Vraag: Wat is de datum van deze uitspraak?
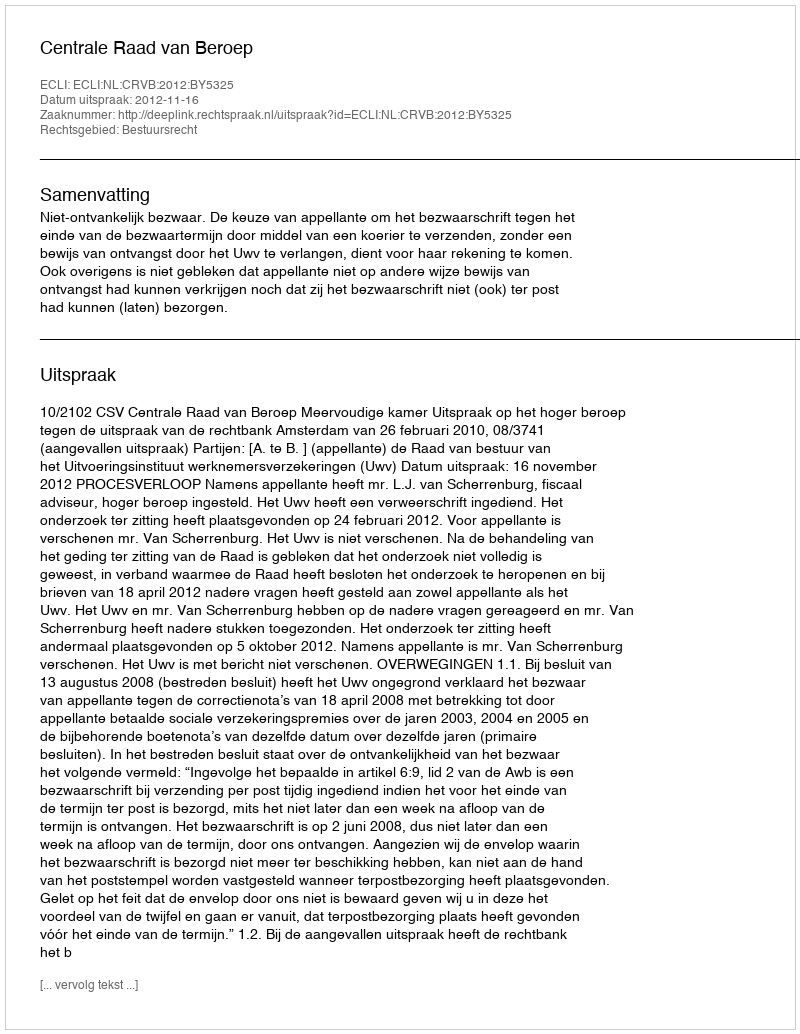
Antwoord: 2012-11-16